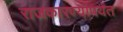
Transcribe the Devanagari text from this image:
राजकारण्यापर्यंत